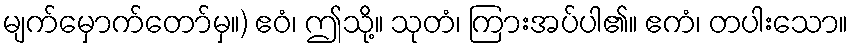
မျက်မှောက်တော်မှ။) ဧဝံ၊ ဤသို့။ သုတံ၊ ကြားအပ်ပါ၏။ ဧကံ၊ တပါးသော။